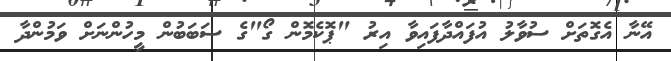
އޭނާ އެގޮތަށް ސުވާލު އުފައްދާފައިވާ އިރު "ޕޮކެމޮން ގޯ"ގެ ސަބަބުން މީހުންނަށް ވަމުންދާ